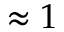
\approx 1